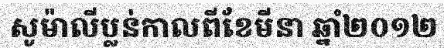
សូម៉ាលីប្លន់កាលពីខែមីនា ឆ្នាំ២០១២